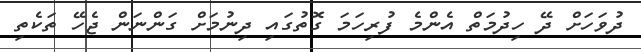
ދުވަހަށް ދޭ ހިދުމަތް އެންމެ ފުރިހަމަ ގޮތުގައި ދިނުމަށް ގަންނަން ޖެހޭ ތަކެތި